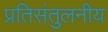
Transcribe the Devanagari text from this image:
प्रतिसंतुलनीय